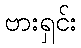
ဗားရှင်း